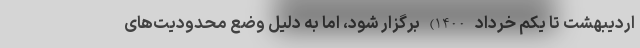
اردیبهشت تا یکم خرداد 1400) برگزار شود، اما به دلیل وضع محدودیت‌های